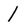
Character: 1